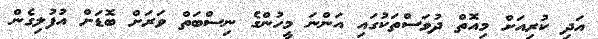
އަދި ކުރިއަށް މިއޮތް ދުވަސްތަކުގައި އަންނަ މީހުންގެ ނިސްބަތް ވަރަށް ބޮޑަށް އުފުލިގެން